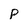
Character: P